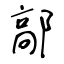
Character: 鄗